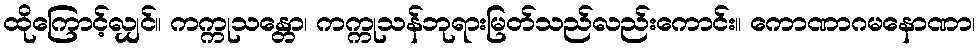
ထိုကြောင့်လျှင်။ ကက္ကုသန္တော၊ ကက္ကုသန်ဘုရားမြတ်သည်လည်းကောင်း။ ကောဏာဂမနောဏာ၊